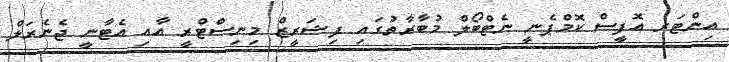
އިންޓަރ އޮފީސް ކޮމްޕެނީ ނެޓްބޯލް މުބާރާތުގައި ފިޝަރީޒް މިނިސްޓްރީ އާއި އެޓާނީ ޖެނެރަލް